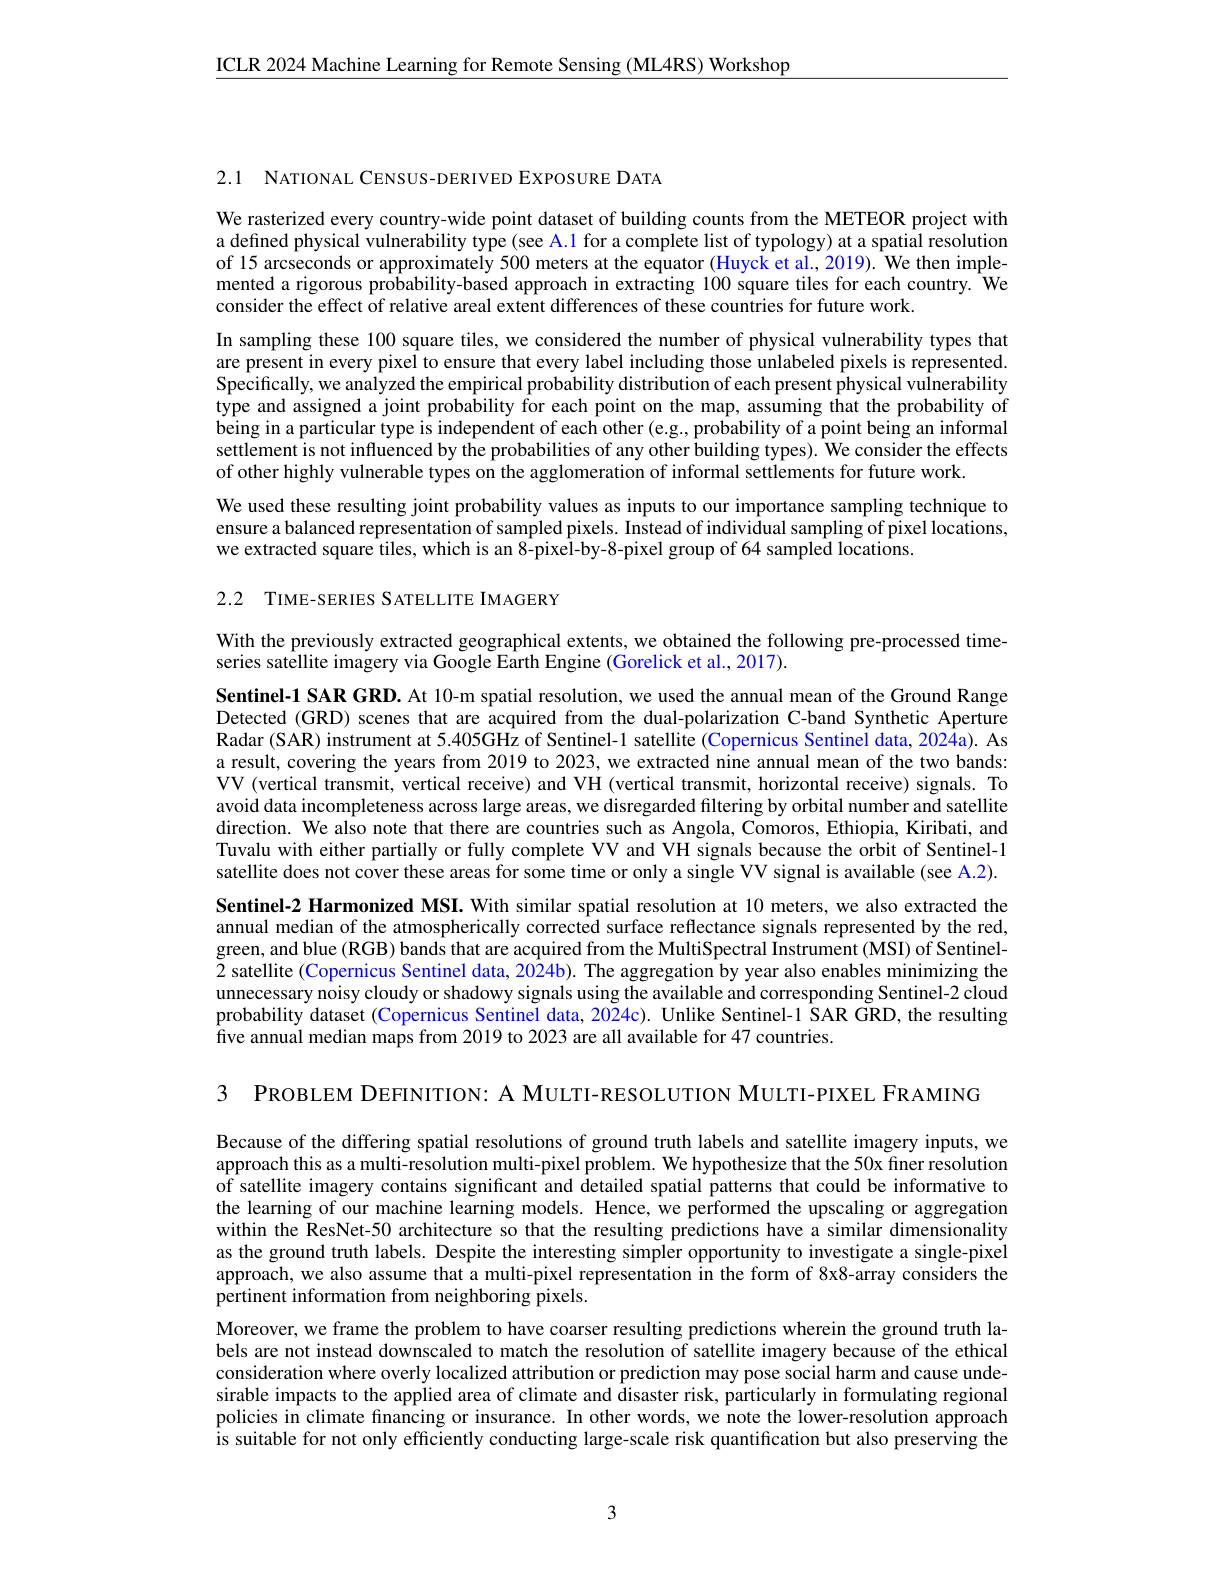
$\underline{\mathrm{ICLR~2024~Machine~Learning~for~Remote~Sensing~(ML4RS)~Workshop}}$

2.1 NATIONAL CENSUS-DERIVED EXPOSURE DATA

We rasterized every country-wide point dataset of building counts from the METEOR project with a defined physical vulnerability type (see A.1 for a complete list of typology) at a spatial resolution of 15 arcseconds or approximately 500 meters at the equator (Huyck et al., 2019). We then implemented a rigorous probability-based approach in extracting 100 square tiles for each country. We consider the effect of relative areal extent differences of these countries for future work.
In sampling these 100 square tiles, we considered the number of physical vulnerability types that are present in every pixel to ensure that every label including those unlabeled pixels is represented $\hat{\text{Specifically, we analyzed the empirical probability distribution of each present physical vulnerability}}$ type and assigned a joint probability for each point on the map, assuming that the probability of being in a particular type is independent of each other (e.g.,probability of a point being an informal settlement is not influenced by the probabilities of any other building types). We consider the effects of other highly vulnerable types on the agglomeration of informal settlements for future work.
We used these resulting joint probability values as inputs to our importance sampling technique to

ensure a balanced representation of sampled pixels. Instead of individual sampling of pixel locations,
we extracted square tiles, which is an 8-pixel-by-8-pixel group of 64 sampled locations

2.2 TIME-SERIES SATELLITE IMAGERY

With the previously extracted geographical extents, we obtained the following pre-processed time-
series satellite imagery via Google Earth Engine (Gorelick et al., 2017).

Sentinel-1 SAR GRD. At 10-m spatial resolution, we used the annual mean of the Ground Range Detected (GRD) scenes that are acquired from the dual-polarization C-band Synthetic Aperture Radar (SAR) instrument at 5.405GHz of Sentinel-1 satellite (Copernicus Sentinel data, 2024a). As a result, covering the years from 2019 to 2023, we extracted nine annual mean of the two bands: VV (vertical transmit, vertical receive) and VH (vertical transmit, horizontal receive) signals. To avoid data incompleteness across large areas, we disregarded filtering by orbital number and satellite direction. We also note that there are countries such as Angola, Comoros, Ethiopia, Kiribati, and Tuvalu with either partially or fully complete VV and VH signals because the orbit of Sentinel-1 satellite does not cover these areas for some time or only a single VV signal is available (see A.2). Sentinel-2 Harmonized MSI. With similar spatial resolution at 10 meters, we also extracted the annual median of the atmospherically corrected surface reflectance signals represented by the red, green, and blue (RGB) bands that are acquired from the MultiSpectral Instrument (MSI) of Sentinel- 2 satellite (Copernicus Sentinel data, 2024b). The aggregation by year also enables minimizing the unnecessary noisy cloudy or shadowy signals using the available and corresponding Sentinel-2 cloud probability dataset (Copernicus Sentinel data, 2024c) . Unlike Sentinel- 1 SAR GRD, the resulting five annual median maps from 2019 to 2023 are all available for 47 countries.

З РROВLEM DEFINITION: А МULTI-RESOLUTION МULTI-PIXEL FRAMING

Because of the differing spatial resolutions of ground truth labels and satellite imagery inputs, we approach this as a multi-resolution multi-pixel problem. We hypothesize that the 50x finer resolution of satellite imagery contains significant and detailed spatial patterns that could be informative to the learning of our machine learning models. Hence, we performed the upscaling or aggregation within the ResNet-50 architecture so that the resulting predictions have a similar dimensionality as the ground truth labels. Despite the interesting simpler opportunity to investigate a single-pixel approach, we also assume that a multi-pixel representation in the form of 8x8-array considers the pertinent information from neighboring pixels.
Moreover, we frame the problem to have coarser resulting predictions wherein the ground truth labels are not instead downscaled to match the resolution of satellite imagery because of the ethical consideration where overly localized attribution or prediction may pose social harm and cause undesirable impacts to the applied area of climate and disaster risk, particularly in formulating regional policies in climate financing or insurance. In other words, we note the lower-resolution approach is suitable for not only efficiently conducting large-scale risk quantification but also preserving the

3